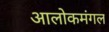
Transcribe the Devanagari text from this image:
आलोकमंगल